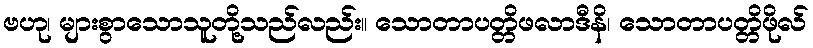
ဗဟု၊ များစွာသောသူတို့သည်လည်း။ သောတာပတ္တိဖလာဒီနိ၊ သောတာပတ္တိဖိုလ်